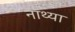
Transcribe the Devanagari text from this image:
नाथ्या